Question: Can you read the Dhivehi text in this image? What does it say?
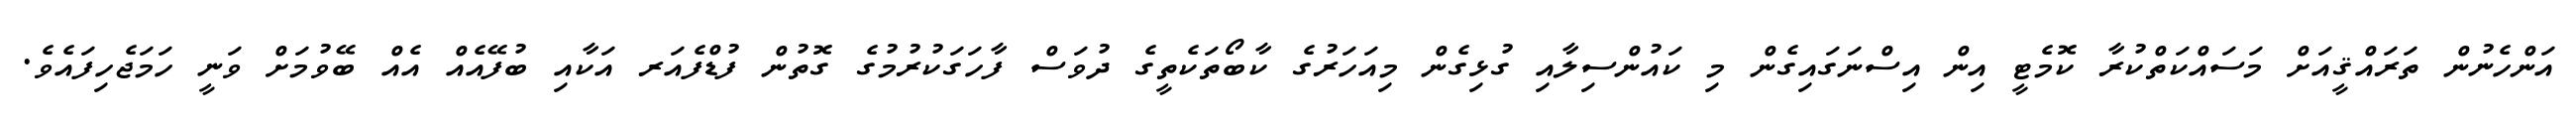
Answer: އަންހެނުން ތަރައްޤީއަށް މަސައްކަތްކުރާ ކޮމެޓީ އިން އިސްނަގައިގެން މި ކައުންސިލާއި ގުޅިގެން މިއަހަރުގެ ކާބޯތަކެތީގެ ދުވަސް ފާހަގަކުރުމުގެ ގޮތުން ފުޑްފެއަރ އަކާއި ބުފޭއެއް އެއް ބޭވުމަށް ވަނީ ހަމަޖެހިފައެވެ.